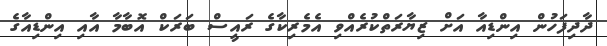
ދާދިފަހުން އިންޑިއާ އަށް ޒިޔާރަތްކުރެއްވި އެމެރިކާގެ ރައީސް ބަރަކް އޮބާމާ އާއި އިންޑިއާގެ